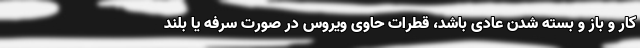
کار و باز و بسته شدن عادی باشد، قطرات حاوی ویروس در صورت سرفه یا بلند